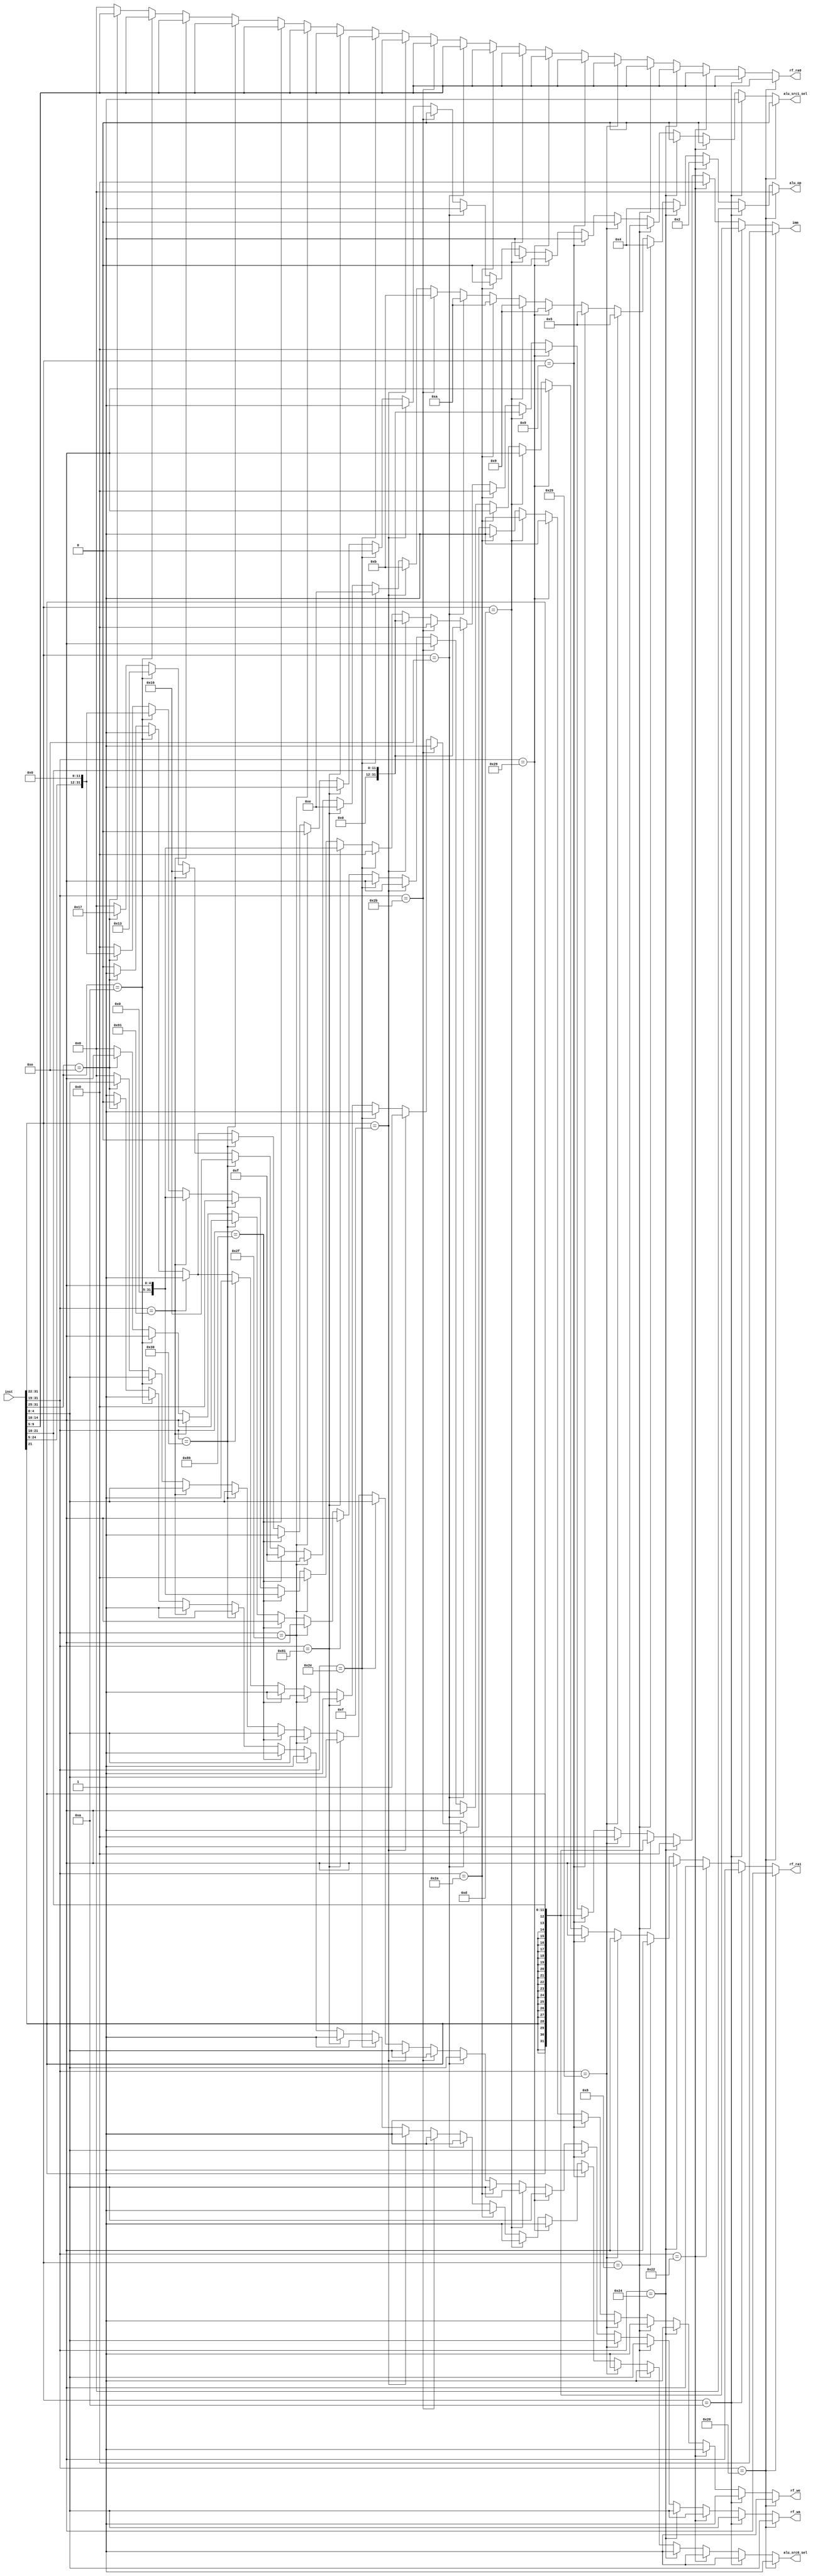
//`timescale 1ns / 1ps


//////////////////////////////////////////////////////////////////////////////////
// Company: 
// Engineer: 
// 
// Design Name: 
// Module Name: DECODE
// Project Name: 
// Target Devices: 
// Tool Versions: 
// Description: 
// 
// Dependencies: 
// 
// Revision:
// Revision 0.01 - File Created
// Additional Comments:
// 
//////////////////////////////////////////////////////////////////////////////////


module DECODE (
    input                   [31 : 0]            inst,

    output       reg        [ 4 : 0]            alu_op,
    output       reg        [31 : 0]            imm,

    output       reg        [ 4 : 0]            rf_ra0,
    output       reg        [ 4 : 0]            rf_ra1,
    output       reg        [ 4 : 0]            rf_wa,
    output       reg        [ 0 : 0]            rf_we,

    output       reg        [ 0 : 0]            alu_src0_sel,
    output       reg        [ 0 : 0]            alu_src1_sel
);


always @(*) begin
    if(inst[31:15] == 17'b0000_0000_0001_00000)begin//add.w rd,rj,rk
        alu_op = 5'b00000;
        imm = 32'b0;
        rf_ra0 = inst[9 : 5];           //ra0 = rj
        rf_ra1 = inst[14:10];           //ra1 = rk
        rf_wa  = inst[4 : 0];           //wa  = rd
        rf_we  = 1'b1;
        alu_src0_sel = 1'b1;
        alu_src1_sel = 1'b0;
    end

    else if(inst[31:22] == 10'b00000_01010)begin//addi.w rd,rj,si12
        alu_op = 5'b00000;
        imm = {{20{inst[21]}},inst[21:10]};
        rf_ra0 = inst[9 : 5];           //ra0 = rj
        rf_ra1 = inst[14:10];           //ra1 = rk
        rf_wa  = inst[4 : 0];           //wa  = rd
        rf_we  = 1'b1;
        alu_src0_sel = 1'b1;
        alu_src1_sel = 1'b1;
    end

    else if(inst[31:15] == 17'b0000_0000_0001_00010)begin//sub.w rd,rj,rk
        alu_op = 5'b00010;
        imm = 32'b0;
        rf_ra0 = inst[9 : 5];           //ra0 = rj
        rf_ra1 = inst[14:10];           //ra1 = rk
        rf_wa  = inst[4 : 0];           //wa  = rd
        rf_we  = 1'b1;
        alu_src0_sel = 1'b1;
        alu_src1_sel = 1'b0;
    end

    else if(inst[31:15] == 17'b0000_0000_0001_00100)begin//slt rd,rj,rk
        alu_op = 5'b00100;
        imm = 32'b0;
        rf_ra0 = inst[9 : 5];           //ra0 = rj
        rf_ra1 = inst[14:10];           //ra1 = rk
        rf_wa  = inst[4 : 0];           //wa  = rd
        rf_we  = 1'b1;
        alu_src0_sel = 1'b1;
        alu_src1_sel = 1'b0;
    end

    else if(inst[31:22] == 10'b00000_01000)begin//slti.w rd,rj,si12
        alu_op = 5'b00100;
        imm = {{20{inst[21]}},inst[21:10]};
        rf_ra0 = inst[9 : 5];           //ra0 = rj
        rf_ra1 = inst[14:10];           //ra1 = rk
        rf_wa  = inst[4 : 0];           //wa  = rd
        rf_we  = 1'b1;
        alu_src0_sel = 1'b1;
        alu_src1_sel = 1'b1;
    end

    else if(inst[31:15] == 17'b0000_0000_0001_00101)begin//sltu rd,rj,rk
        alu_op = 5'b00101;
        imm = 32'b0;
        rf_ra0 = inst[9 : 5];           //ra0 = rj
        rf_ra1 = inst[14:10];           //ra1 = rk
        rf_wa  = inst[4 : 0];           //wa  = rd
        rf_we  = 1'b1;
        alu_src0_sel = 1'b1;
        alu_src1_sel = 1'b0;
    end

    else if(inst[31:22] == 10'b00000_01001)begin//sltui.w rd,rj,si12
        alu_op = 5'b00101;
        imm = {{20{inst[21]}},inst[21:10]};
        rf_ra0 = inst[9 : 5];           //ra0 = rj
        rf_ra1 = inst[14:10];           //ra1 = rk
        rf_wa  = inst[4 : 0];           //wa  = rd
        rf_we  = 1'b1;
        alu_src0_sel = 1'b1;
        alu_src1_sel = 1'b1;
    end

    else if(inst[31:15] == 17'b0000_0000_0001_01001)begin//and rd,rj,rk
        alu_op = 5'b01001;
        imm = 32'b0;
        rf_ra0 = inst[9 : 5];           //ra0 = rj
        rf_ra1 = inst[14:10];           //ra1 = rk
        rf_wa  = inst[4 : 0];           //wa  = rd
        rf_we  = 1'b1;
        alu_src0_sel = 1'b1;
        alu_src1_sel = 1'b0;
    end

    else if(inst[31:22] == 10'b00000_01101)begin//andi.w rd,rj,usi12
        alu_op = 5'b01001;
        imm = {{20{1'b0}},inst[21:10]};
        rf_ra0 = inst[9 : 5];           //ra0 = rj
        rf_ra1 = inst[14:10];           //ra1 = rk
        rf_wa  = inst[4 : 0];           //wa  = rd
        rf_we  = 1'b1;
        alu_src0_sel = 1'b1;
        alu_src1_sel = 1'b1;
    end

    else if(inst[31:15] == 17'b0000_0000_0001_01010)begin//or rd,rj,rk
        alu_op = 5'b01010;
        imm = 32'b0;
        rf_ra0 = inst[9 : 5];           //ra0 = rj
        rf_ra1 = inst[14:10];           //ra1 = rk
        rf_wa  = inst[4 : 0];           //wa  = rd
        rf_we  = 1'b1;
        alu_src0_sel = 1'b1;
        alu_src1_sel = 1'b0;
    end

    else if(inst[31:22] == 10'b00000_01110)begin//ori.w rd,rj,si12
        alu_op = 5'b01010;
        imm = {{20{1'b0}},inst[21:10]};
        rf_ra0 = inst[9 : 5];           //ra0 = rj
        rf_ra1 = inst[14:10];           //ra1 = rk
        rf_wa  = inst[4 : 0];           //wa  = rd
        rf_we  = 1'b1;
        alu_src0_sel = 1'b1;
        alu_src1_sel = 1'b1;
    end

    else if(inst[31:15] == 17'b0000_0000_0001_01011)begin//xor rd,rj,rk
        alu_op = 5'b01011;
        imm = 32'b0;
        rf_ra0 = inst[9 : 5];           //ra0 = rj
        rf_ra1 = inst[14:10];           //ra1 = rk
        rf_wa  = inst[4 : 0];           //wa  = rd
        rf_we  = 1'b1;
        alu_src0_sel = 1'b1;
        alu_src1_sel = 1'b0;
    end

    else if(inst[31:22] == 10'b00000_01111)begin//xori.w rd,rj,si12
        alu_op = 5'b01011;
        imm = {{20{1'b0}},inst[21:10]};
        rf_ra0 = inst[9 : 5];           //ra0 = rj
        rf_ra1 = inst[14:10];           //ra1 = rk
        rf_wa  = inst[4 : 0];           //wa  = rd
        rf_we  = 1'b1;
        alu_src0_sel = 1'b1;
        alu_src1_sel = 1'b1;
    end

    else if(inst[31:15] == 17'b0000_0000_0001_01110)begin//sll.w rd,rj,rk
        alu_op = 5'b01110;
        imm = 32'b0;
        rf_ra0 = inst[9 : 5];           //ra0 = rj
        rf_ra1 = inst[14:10];           //ra1 = rk
        rf_wa  = inst[4 : 0];           //wa  = rd
        rf_we  = 1'b1;
        alu_src0_sel = 1'b1;
        alu_src1_sel = 1'b0;
    end

    else if(inst[31:15] == 17'b0000_0000_0100_00001)begin//slli.w rd,rj,si12
        alu_op = 5'b01110;
        imm = {{27{1'b0}},inst[14:10]};
        rf_ra0 = inst[9 : 5];           //ra0 = rj
        rf_ra1 = inst[14:10];           //ra1 = rk
        rf_wa  = inst[4 : 0];           //wa  = rd
        rf_we  = 1'b1;
        alu_src0_sel = 1'b1;
        alu_src1_sel = 1'b1;
    end

    else if(inst[31:15] == 17'b0000_0000_0001_01111)begin//srl.w rd,rj,rk
        alu_op = 5'b01111;
        imm = 32'b0;
        rf_ra0 = inst[9 : 5];           //ra0 = rj
        rf_ra1 = inst[14:10];           //ra1 = rk
        rf_wa  = inst[4 : 0];           //wa  = rd
        rf_we  = 1'b1;
        alu_src0_sel = 1'b1;
        alu_src1_sel = 1'b0;
    end

    else if(inst[31:15] == 17'b0000_0000_0100_01001)begin//srli.w rd,rj,si12
        alu_op = 5'b01111;
        imm = {{27{1'b0}},inst[14:10]};
        rf_ra0 = inst[9 : 5];           //ra0 = rj
        rf_ra1 = inst[14:10];           //ra1 = rk
        rf_wa  = inst[4 : 0];           //wa  = rd
        rf_we  = 1'b1;
        alu_src0_sel = 1'b1;
        alu_src1_sel = 1'b1;
    end

    else if(inst[31:15] == 17'b0000_0000_0001_10000)begin//sra.w rd,rj,rk
        alu_op = 5'b10000;
        imm = 32'b0;
        rf_ra0 = inst[9 : 5];           //ra0 = rj
        rf_ra1 = inst[14:10];           //ra1 = rk
        rf_wa  = inst[4 : 0];           //wa  = rd
        rf_we  = 1'b1;
        alu_src0_sel = 1'b1;
        alu_src1_sel = 1'b0;
    end
    
    else if(inst[31:15] == 17'b0000_0000_0100_10001)begin//srai.w rd,rj,si12
        alu_op = 5'b10000;
        imm = {{27{1'b0}},inst[14:10]};
        rf_ra0 = inst[9 : 5];           //ra0 = rj
        rf_ra1 = inst[14:10];           //ra1 = rk
        rf_wa  = inst[4 : 0];           //wa  = rd
        rf_we  = 1'b1;
        alu_src0_sel = 1'b1;
        alu_src1_sel = 1'b1;
    end

    else if(inst[31:25] == 7'b000_1010)begin//lu12i.w rd,si20
        alu_op = 5'b10011;
        imm = {inst[24:5],{12{1'b0}}};
        rf_ra0 = inst[9 : 5];           //ra0 = rj
        rf_ra1 = inst[14:10];           //ra1 = rk
        rf_wa  = inst[4 : 0];           //wa  = rd
        rf_we  = 1'b1;
        alu_src0_sel = 1'b1;
        alu_src1_sel = 1'b1;
    end

    else if(inst[31:25] == 7'b000_1110)begin//pcaddu12i rd,si20
        alu_op = 5'b10111;
        imm = {inst[24:5],{12{1'b0}}};
        rf_ra0 = inst[9 : 5];           //ra0 = rj
        rf_ra1 = inst[14:10];           //ra1 = rk
        rf_wa  = inst[4 : 0];           //wa  = rd
        rf_we  = 1'b1;
        alu_src0_sel = 1'b0;
        alu_src1_sel = 1'b1;
    end
    else begin
        alu_op = 5'b0;
        imm = 32'b0;
        rf_ra0 = 5'b0;
        rf_ra1 = 5'b0;
        rf_wa = 5'b0;
        rf_we = 1'b0;
        alu_src0_sel = 1'b1;
        alu_src1_sel = 1'b0;
    end
end
endmodule